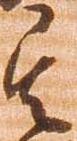
其